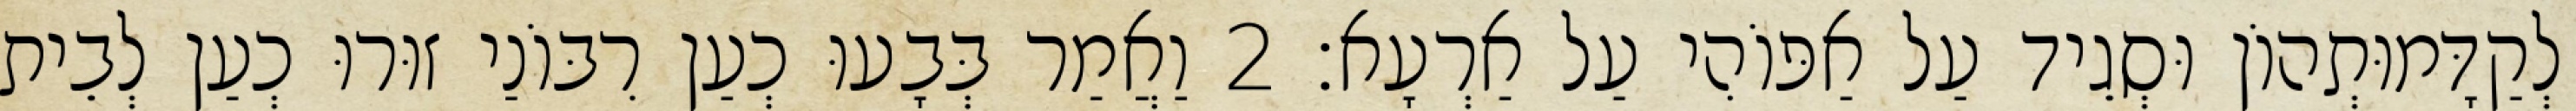
לְקַדָּמוּתְהוֹן וּסְגֵיד עַל אַפּוֹהִי עַל אַרְעָא׃ 2 וַאֲמַר בְּבָעוּ כְעַן רִבּוֹנַי זוּרוּ כְעַן לְבֵית